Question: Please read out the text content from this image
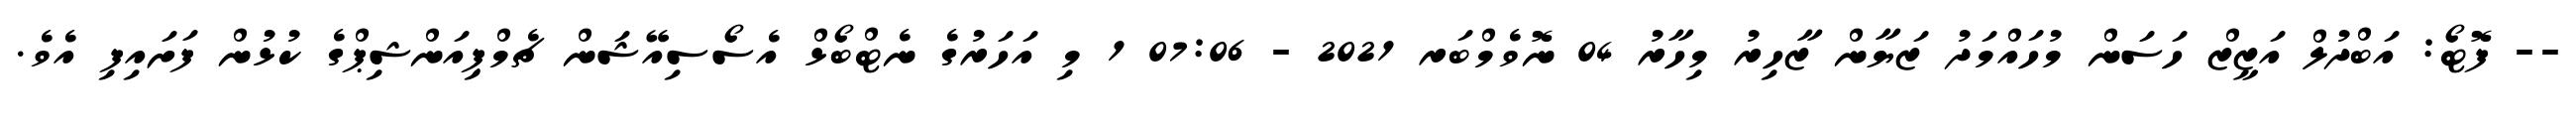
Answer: -- ފޮޓޯ: އަބްދުލް އަޒީޒް ހަސަން މުހައްމަދު ޒަޔާން ޒާހިރު މިހާރު 04 ނޮވެމްބަރ 2021 - 07:06 1 މި އަހަރުގެ ނެޓްބޯޅް އެސޯސިއޭޝަން ޗެމްޕިއަންޝިޕްގެ ކުޅުން ފަށައިފި އެވެ.